Lunatic asylums United Provinces 1909-1921 - 1909-1921
Year: 1909
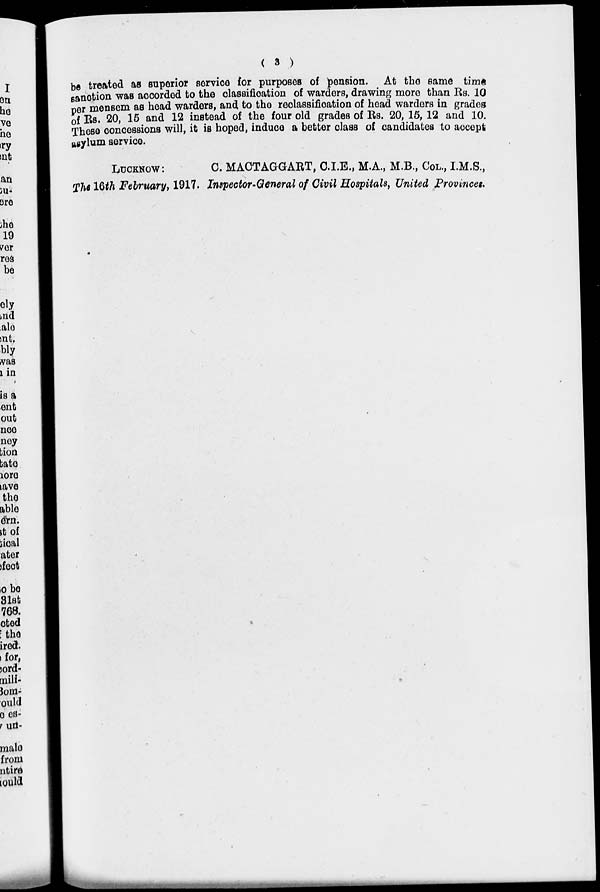
( 3 )
be treated as superior service for purposes of pension. At the same time
sanction was accorded to the classification of warders, drawing more than Rs. 10
per mensem as head warders, and to the reclassification of head warders in grades
of Rs. 20, 15 and 12 instead of the four old grades of Rs. 20, 15, 12 and 10.
These concessions will, it is hoped, induce a better class of candidates to accept
asylum service.
LUCKNOW:
The 16th February, 1917.
C. MACTAGGART, C.I.E., M.A., M.B., COL., I.M.S.,
Inspector-General of Civil Hospitals, United Provinces.